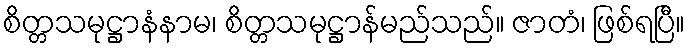
စိတ္တသမုဋ္ဌာနံနာမ၊ စိတ္တသမုဋ္ဌာန်မည်သည်။ ဇာတံ၊ ဖြစ်ရပြီ။